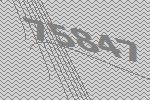
75847